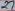
Text: 27